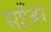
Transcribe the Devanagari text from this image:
सप्टँबर